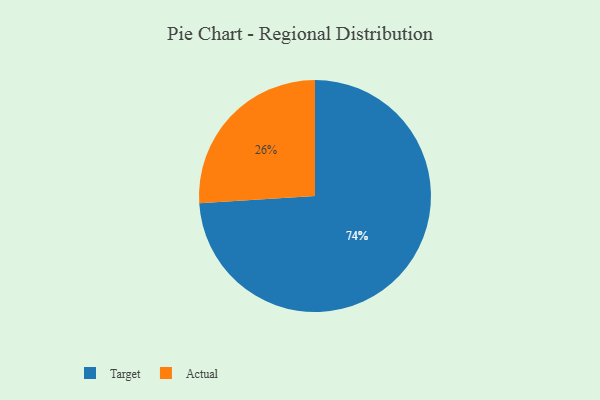
{"axis": {"x": "Category", "y": "Percentage"}, "legend": ["Actual", "Target"], "data": [{"x": "Actual", "y": 26, "type": "Actual"}, {"x": "Target", "y": 74, "type": "Target"}]}